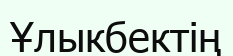
Ұлыкбектің